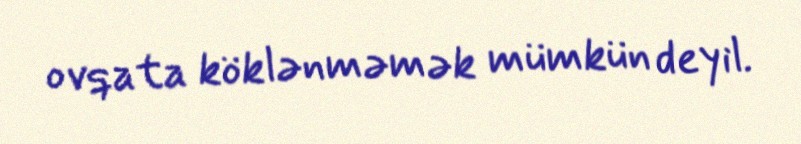
ovqata köklənməmək mümkün deyil.